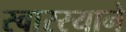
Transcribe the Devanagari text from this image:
स्वारस्याने